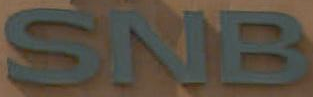
SNB